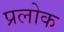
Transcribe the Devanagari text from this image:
प्रलोक